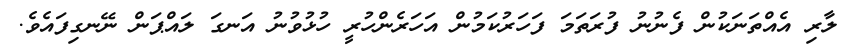
ލާރި އެއްތަނަކުން ފެނުނު ފުރަތަމަ ފަހަރުކަމުން އަހަރެންހުރީ ހުޅުވުނު އަނގަ ލައްޕަން ނޭނގިފައެވެ.